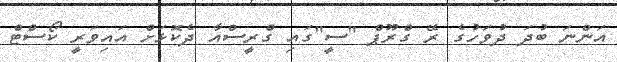
އަންނަ ބުދަ ދުވަހުގެ ރޭ ގްރޫޕް "ސީ"ގައި ގްރީސްއާ ދެކޮޅަށް އައިވަރީ ކޯސްޓް